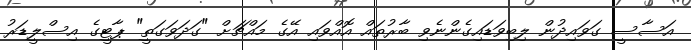
އަސާސީ ގަވައިދުން ލިބިވަޑައިގެންނެވި ބާރުތައް އޮއްވައި އޭގެ މައްޗަށް "ގަދަވަގަތީ" ޕާޓީގެ އިސްލީޑަރު